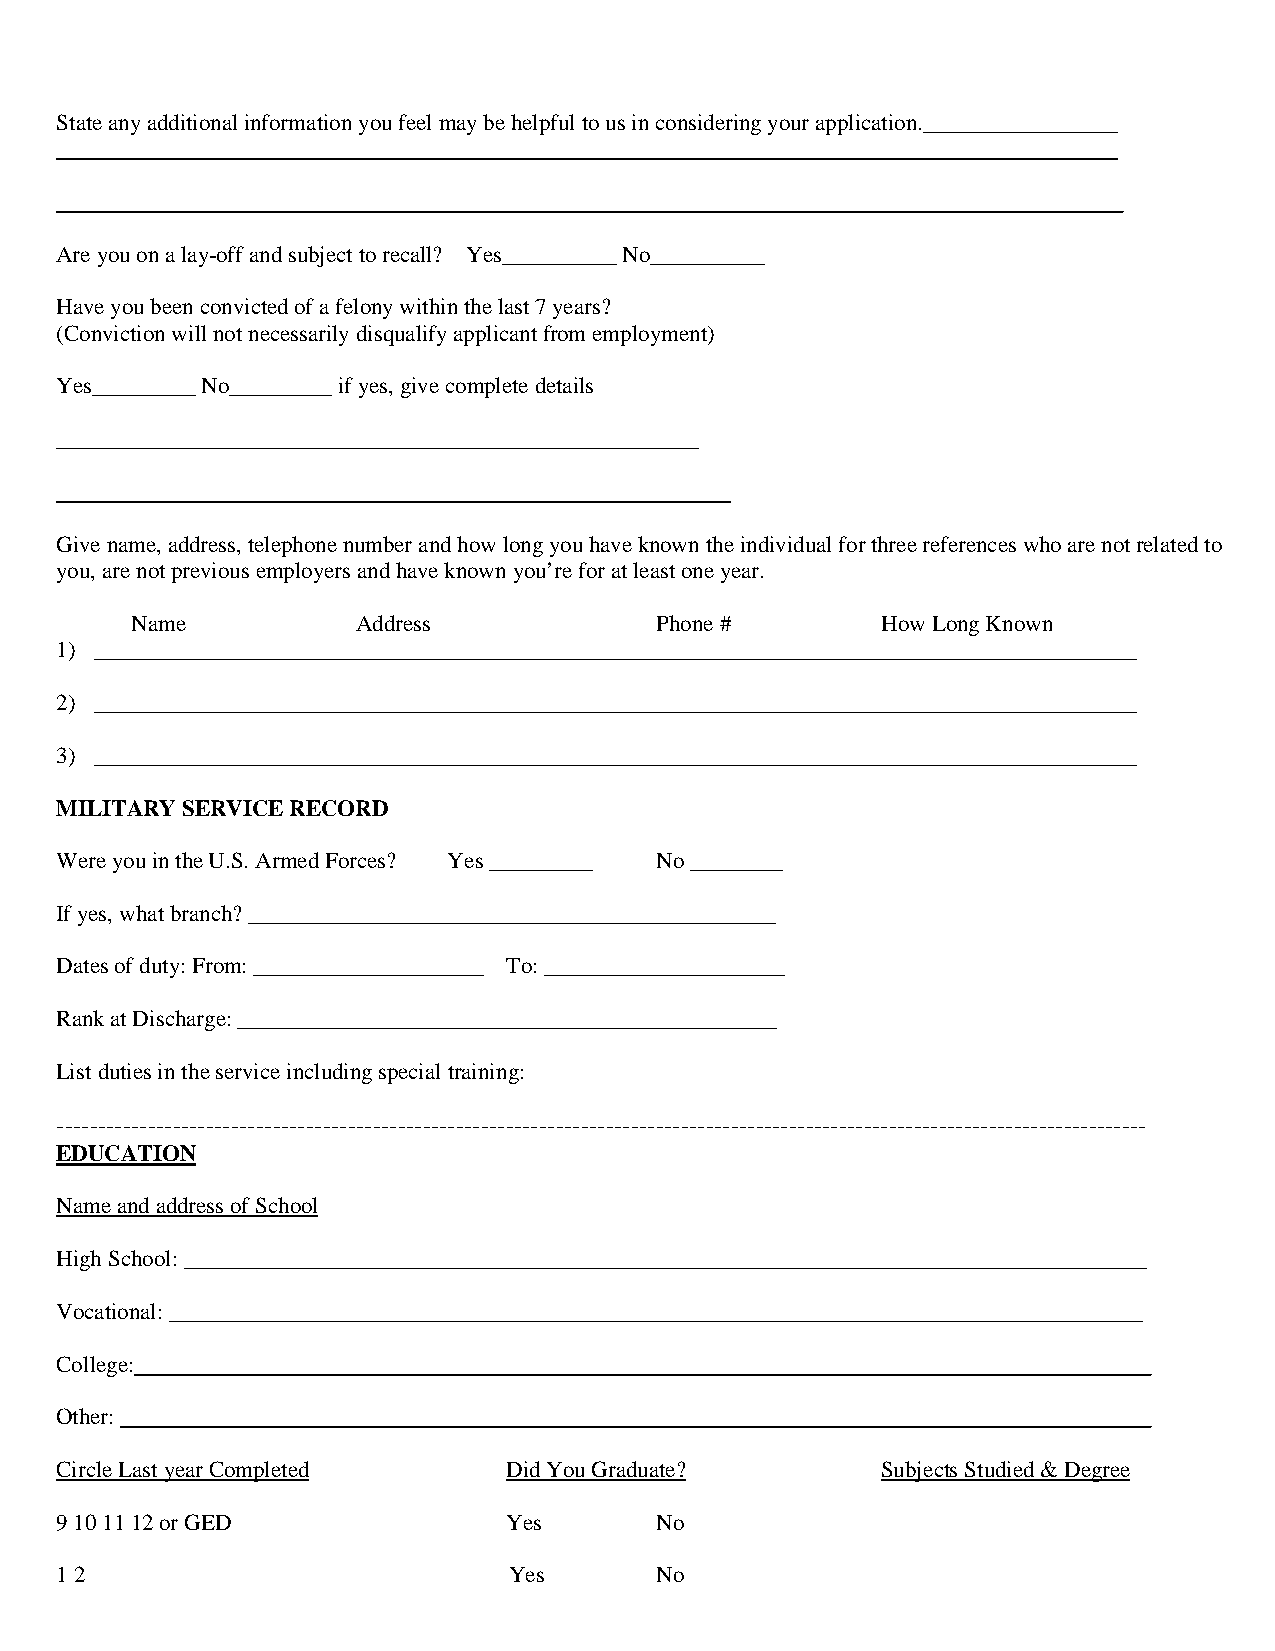
State any additional information you feel may be helpful to us in considering your application._________________
 _
 ________
 Are you on a lay-off and subject to recall? Yes__________ No__________
 Have you been convicted of a felony within the last 7 years?
 (Conviction will not necessarily disqualify applicant from employment)
 Yes_________ No_________ if yes, give complete details
 ________________________________________________________
 Give name, address, telephone number and how long you have known the individual for three references who are not related to
 you, are not previous employers and have known you’re for at least one year.
 Name           Address            Phone #        How Long Known
 1) ___________________________________________________________________________________________
 2) ___________________________________________________________________________________________
 3) ___________________________________________________________________________________________
 MILITARY SERVICE RECORD
 Were you in the U.S. Armed Forces? Yes _________ No ________
 If yes, what branch? ______________________________________________
 Dates of duty: From: ____________________ To: _____________________
 Rank at Discharge: _______________________________________________
 List duties in the service including special training:
 -----------------------------------------------------------------------------------------------------------------------------------
 EDUCATION
 Name and address of School
 High School: ____________________________________________________________________________________
 Vocational: _____________________________________________________________________________________
 College:                                                   _________________
 Other:                                                     _________________
 Circle Last year Completed    Did You Graduate?       Subjects Studied & Degree
 9 10 11 12 or GED             Yes      No
 1 2                           Yes      No